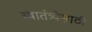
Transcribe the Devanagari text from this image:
स्वातंत्र्येसाठी